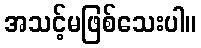
အသင့်မဖြစ်သေးပါ။